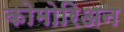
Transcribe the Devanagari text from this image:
कोमोरिअन